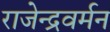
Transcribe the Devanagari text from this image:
राजेन्द्रवर्मन